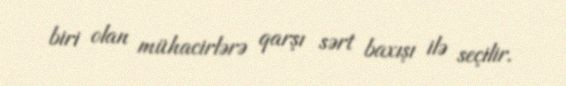
biri olan mühacirlərə qarşı sərt baxışı ilə seçilir.